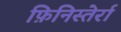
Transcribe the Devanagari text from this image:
फ़िनिस्तेर्रा